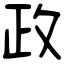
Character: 政